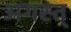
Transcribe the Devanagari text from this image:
अगस्त्